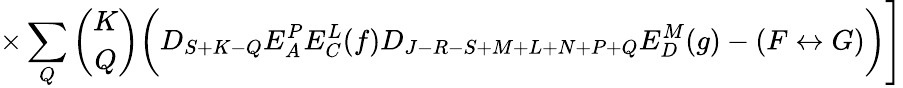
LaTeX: \times\sum_{Q}{\binom{K}{Q}}\biggl(D_{S+K-Q}E_{A}^{P}E_{C}^{L}(f)D_{J-R-S+M+L+N+P+Q}E_{D}^{M}(g)-(F\leftrightarrow G)\biggr)\Biggr]